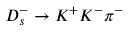
D _ { s } ^ { - } \to K ^ { + } K ^ { - } \pi ^ { - }